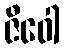
ဇီဝေါ